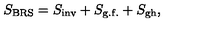
S _ { \mathrm { B R S } } = S _ { \mathrm { i n v } } + S _ { \mathrm { g . f . } } + S _ { \mathrm { g h } } ,